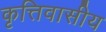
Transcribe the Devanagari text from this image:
कृत्तिवासीय